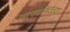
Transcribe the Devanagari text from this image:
नाट्यपरिषदेच्या